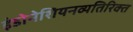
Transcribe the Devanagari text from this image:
इंडोनेशियनव्यतिरिक्त